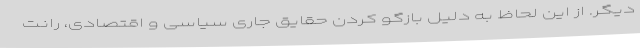
دیگر. از این لحاظ به دلیل بازگو کردن حقایق جاری سیاسی و اقتصادی، رانت